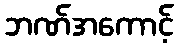
ဘဏ်အကောင့်